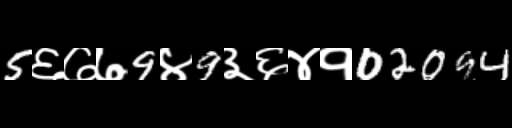
Text: 5६७७9४9३६४१02094